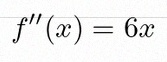
f''(x)=6x